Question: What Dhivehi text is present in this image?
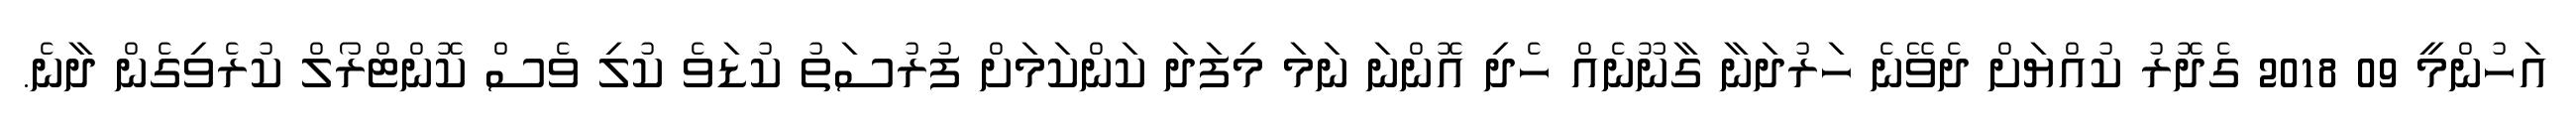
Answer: އަހުންމީ 09 2018 ގެދޮރު ކުއްޔަށް ދެވޭނެ ހަރުދަނާ ގާނޫނެއް ހެދި އޮންނަ ނަމަ މިފަދަ ކަންކަމަށް ފުރުސަތު ކުޑަވެ ކުލި ވެސް ކޮންޓްރޯލް ކުރެވިގެން ދާނެ.